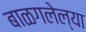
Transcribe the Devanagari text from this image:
बाळगलेल्या